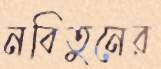
নবিতুনের